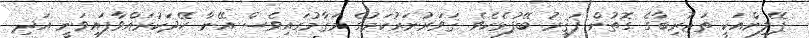
ޕޭލިންއަކީ ތަޖުރިބާގެ ގޮތުން ފަޤީރު ބޭފުޅެކެވެ. ޤަވަރުނަރުކަމުގެ މަޤާމުގައިވެސް އޭނާ ހޭދަކުރައްވާފައިވަނީ އަދި